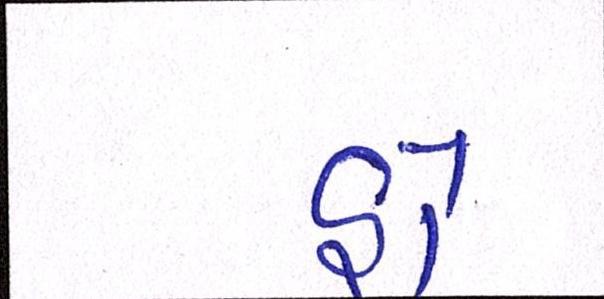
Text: હો